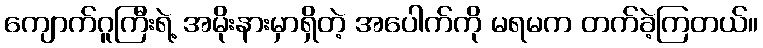
ကျောက်ဂူကြီးရဲ့ အမိုးနားမှာရှိတဲ့ အပေါက်ကို မရမက တက်ခဲ့ကြတယ်။